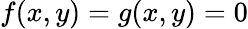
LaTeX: f(x,y)=g(x,y)=0